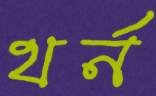
থর্ন